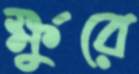
ক্ষুরে